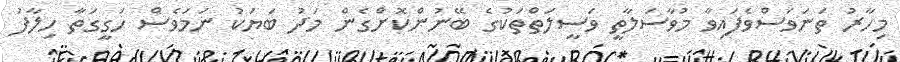
މިހާރު ތަނަވަސްވެފައިވާ މުވާސަލާތީ ވަސީލަތްތަކުގެ ބޭނުންކޮށްގެން މަދު ބަޔަކު ނަމަވެސް ހަގީގަތާ ހިލާފު